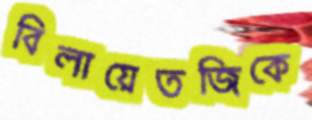
বিলায়েতজিকে